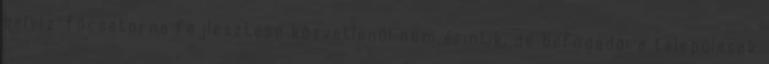
belvíz-fõcsatorna fejlesztése közvetlenül nem érintik, de befogadói a települések